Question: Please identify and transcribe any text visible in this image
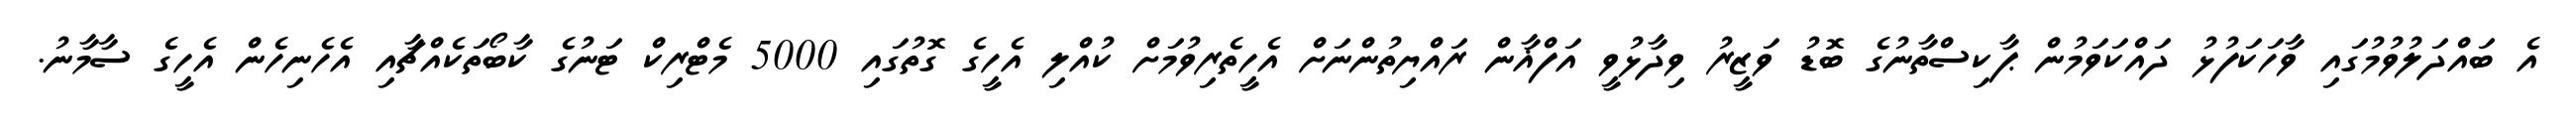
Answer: އެ ބައްދަލުވުމުގައި ވާހަކަފުޅު ދައްކަވަމުން ޕާކިސްތާނުގެ ބޮޑު ވަޒީރު ވިދާޅުވީ އަފްޣާން ރައްޔިތުންނަށް އެހީތެރިވުމަށް ކުއްލި އެހީގެ ގޮތުގައި 5000 މެޓްރިކް ޓަނުގެ ކާބޯތަކެއްޗާއި އެހެނިހެން އެހީގެ ސާމާނު.